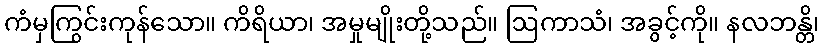
ကံမှကြွင်းကုန်သော။ ကိရိယာ၊ အမှုမျိုးတို့သည်။ ဩကာသံ၊ အခွင့်ကို။ နလဘန္တိ၊